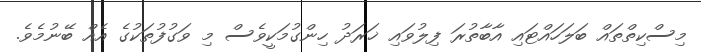
މިސްކިތްތައް ބަލަހައްޓައި އާބާތުރަ ފިލުވައި ޚަރަދު ހިންގުމަކީވެސް މި ވަގުފުތަކުގެ އެއް ބޭނުމެވެ.